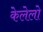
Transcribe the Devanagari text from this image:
केलेलो